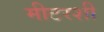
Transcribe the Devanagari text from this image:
मीटरशी